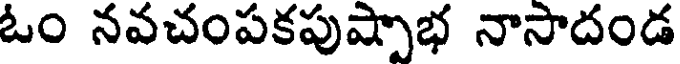
ఓం నవచంపకపుష్పాభ నాసాదండ